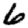
Digit: 6